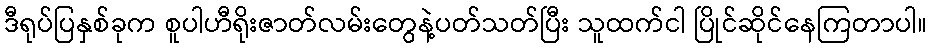
ဒီရုပ်ပြနှစ်ခုက စူပါဟီရိုးဇာတ်လမ်းတွေနဲ့ပတ်သတ်ပြီး သူထက်ငါ ပြိုင်ဆိုင်နေကြတာပါ။